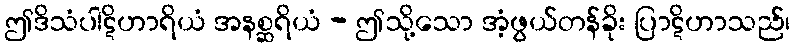
ဤဒိသံပါဋိဟာရိယံ အနစ္ဆရိယံ - ဤသို့သော အံ့ဖွယ်တန်ခိုး ပြာဋိဟာသည်၊